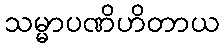
သမ္မာပဏိဟိတာယ